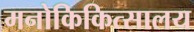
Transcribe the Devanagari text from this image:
मनोकिकित्सालय